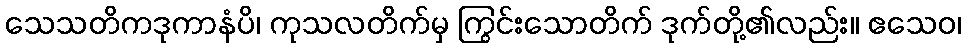
သေသတိကဒုကာနံပိ၊ ကုသလတိက်မှ ကြွင်းသောတိက် ဒုက်တို့၏လည်း။ ဧသေဝ၊